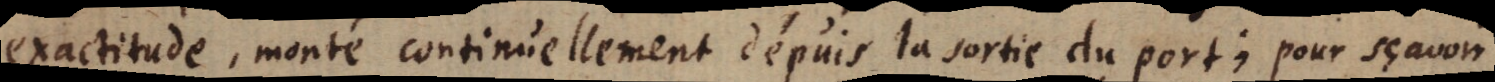
exactitude, continuellement dépuis la sortie du port; pour sçavoir